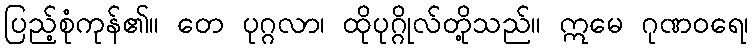
ပြည့်စုံကုန်၏။ တေ ပုဂ္ဂလာ၊ ထိုပုဂ္ဂိုလ်တို့သည်။ ဣမေ ဂုဏဝရေ၊